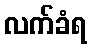
လက်ခံရ